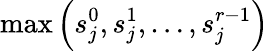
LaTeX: \mathrm{max}\left(s_{j}^{0},s_{j}^{1},\ldots,s_{j}^{r-1}\right)